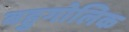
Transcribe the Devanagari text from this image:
बहुगोलिक